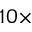
1 0 \times